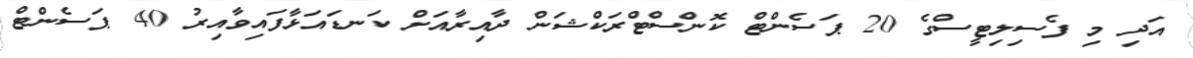
އަދި މި ފެސިލިޓީސްގެ 20 ޕަސެންޓް ކޮންސްޓްރަކްޝަން ދާއިރާއަށް ކަނޑައަޅާފައިވާއިރު 40 ޕަސެންޓް